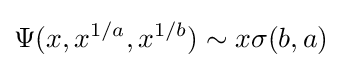
\Psi (x,x^{1/a},x^{1/b})\sim x\sigma (b,a)